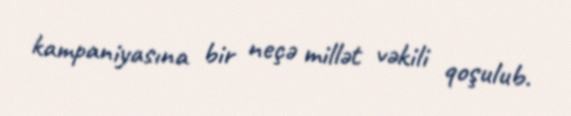
kampaniyasına bir neçə millət vəkili qoşulub.